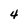
Character: 4